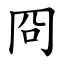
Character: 冏